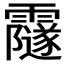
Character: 𩆰